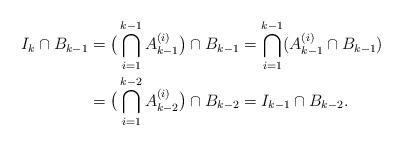
LaTeX: \begin{align*}I_{k} \cap B_{k-1}&=\big(\bigcap_{i=1}^{k-1} A_{k-1}^{(i)}\big)\cap B_{k-1}=\bigcap_{i=1}^{k-1}(A_{k-1}^{(i)}\cap B_{k-1})\\&=\big(\bigcap_{i=1}^{k-2}A_{k-2}^{(i)}\big)\cap B_{k-2}=I_{k-1}\cap B_{k-2}.\end{align*}